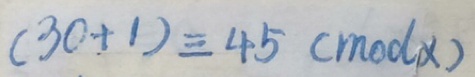
( 3 0 + 1 ) \equiv 4 5 ( m o d x )